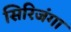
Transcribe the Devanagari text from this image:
सिरिजंगा